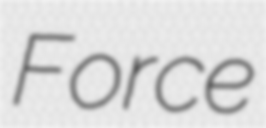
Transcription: Force